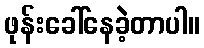
ဖုန်းခေါ်နေခဲ့တာပါ။